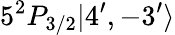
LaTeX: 5^{2}P_{3/2}|4^{\prime},-3^{\prime}\rangle